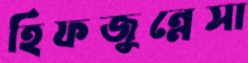
হিফজুন্নেসা